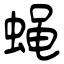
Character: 蝇